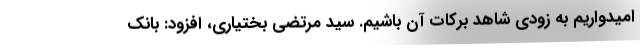
امیدواریم به زودی شاهد برکات آن باشیم. سید مرتضی بختیاری، افزود: بانک